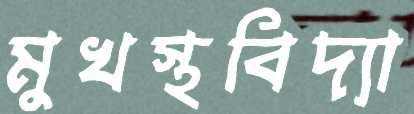
মুখস্থবিদ্যা